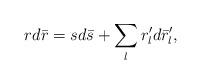
LaTeX: \begin{align*}rd\bar{r}=sd\bar{s}+\sum_lr'_ld\bar{r}_l',\end{align*}